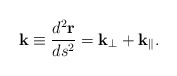
\begin{align*}{\bf k}\equiv\frac{d^2{\bf r}}{d s^2}={\bf k}_{\bot}+{\bf k}_{\|}.\end{align*}